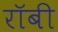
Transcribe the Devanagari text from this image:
राॅबी